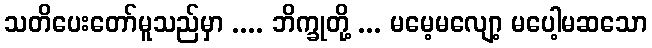
သတိပေးတော်မူသည်မှာ .... ဘိက္ခုတို့ ... မမေ့မလျော့ မပေါ့မဆသော